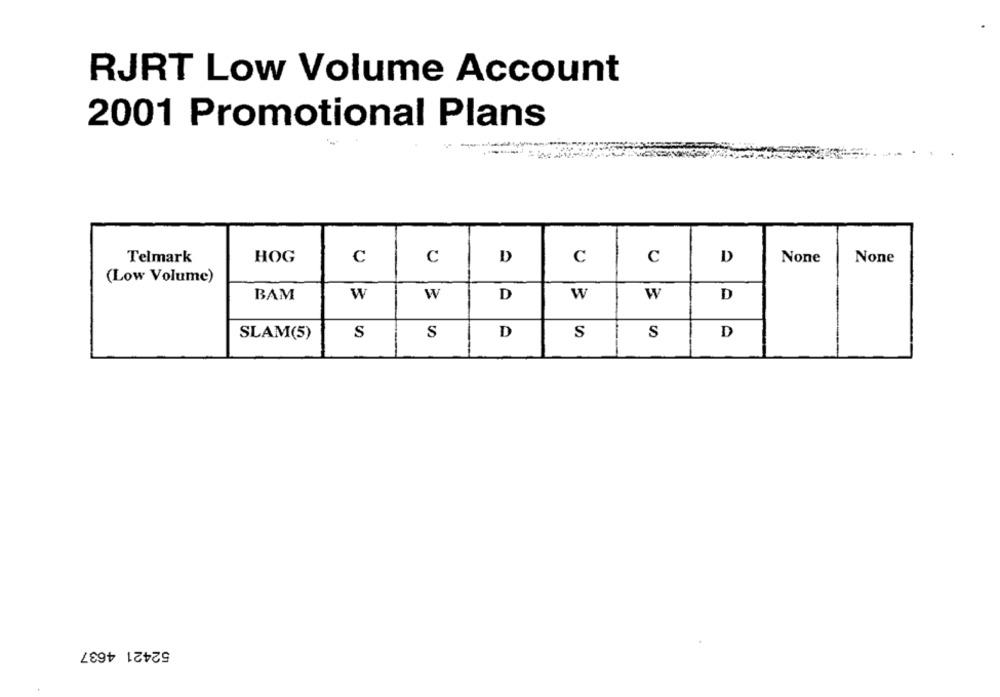
RJRT Low Volume Account
2001 Promotional Plans
D
Telmark
HOG
C
C
D
C
C
(Low Volume)
BAM
W
W
D
W
W
D
S
D
S
S
D
SLAM(5)
S
52421 4637